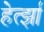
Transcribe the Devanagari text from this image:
हेर्त्झा